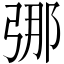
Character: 𫸶